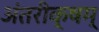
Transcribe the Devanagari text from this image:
अंतरीक्षम्